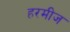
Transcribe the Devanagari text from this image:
हरमीज